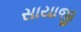
સાયાજી